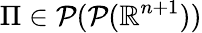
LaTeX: \Pi\in{\mathcal{P}}({\mathcal{P}}(\mathbb{R}^{n+1}))